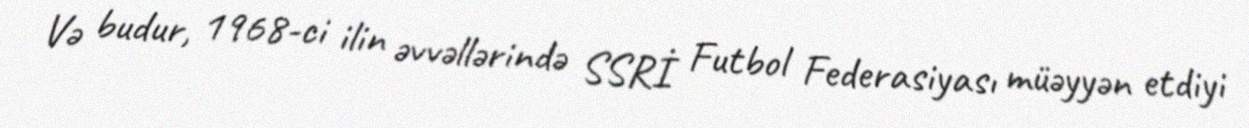
Və budur, 1968-ci ilin əvvəllərində SSRİ Futbol Federasiyası müəyyən etdiyi